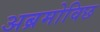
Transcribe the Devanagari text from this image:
अब्रमोविछ